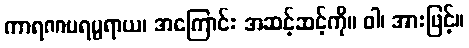
ကာရဏပရမ္ပရာယ၊ အကြောင်း အဆင့်ဆင့်ကို။ ဝါ၊ အားဖြင့်။